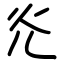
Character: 灮